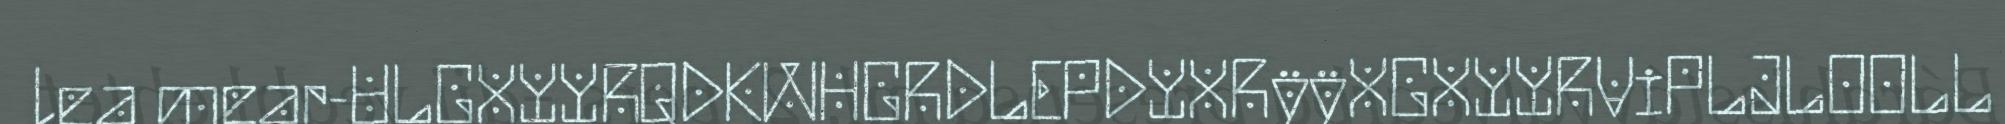
lea mear-ULGXYYRQDKWHGRDLEPDYXRÿÿXGXYYRViPLJLOOLL